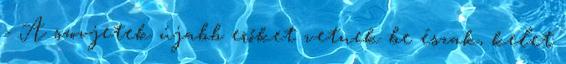
- A szovjetek újabb erőket vetnek be észak, kelet